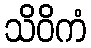
သိဝိကံ